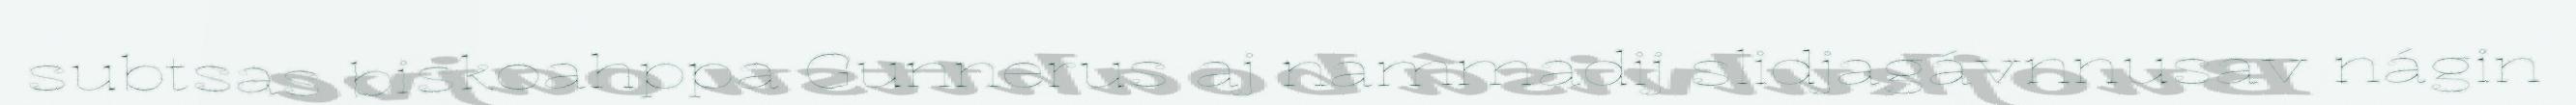
subtsas biskoahppa Gunnerus aj nammadij slidjagávnnusav nágin